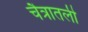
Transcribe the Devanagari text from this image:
चैत्रातली